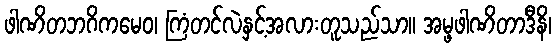
ဖါဏိတဘဂိကမေဝ၊ ကြံတင်လဲနှင့်အလားတူသည်သာ။ အမ္ဖဖါဏိတာဒီနိ၊